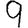
Digit: 9